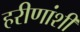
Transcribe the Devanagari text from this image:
हरीणांशी